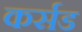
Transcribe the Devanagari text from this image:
कर्सड